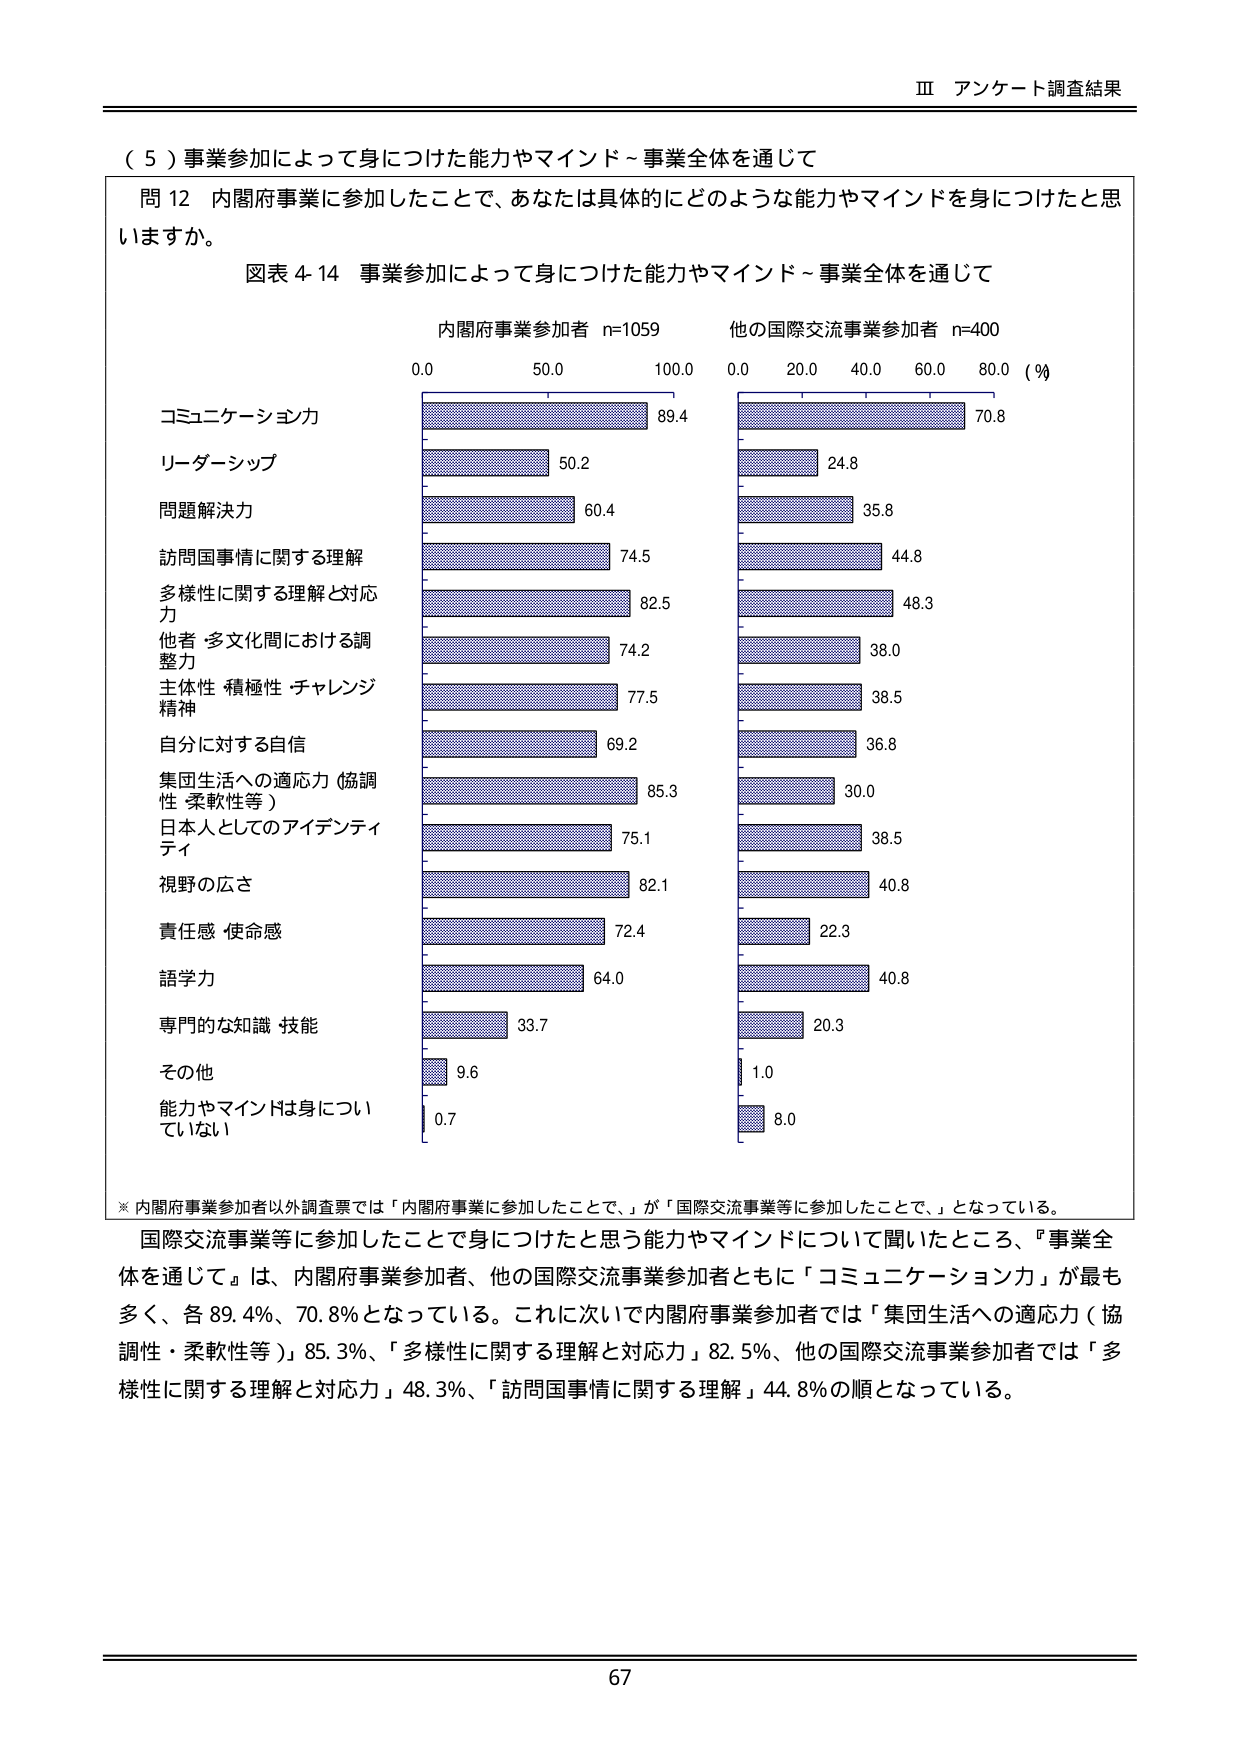
Ⅲ アンケート調査結果

（５）事業参加によって身につけた能力やマインド～事業全体を通じて

問12 内閣府事業に参加したことで、あなたは具体的にどのような能力やマインドを身につけたと思いますか。

図表4-14 事業参加によって身につけた能力やマインド～事業全体を通じて

内閣府事業参加者 n=1059
他の国際交流事業参加者 n=400
（％）

コミュニケーション力
89.4
70.8

リーダーシップ
50.2
24.8

問題解決力
60.4
35.8

訪問国事情に関する理解
74.5
44.8

多様性に関する理解と対応力
82.5
48.3

他者・多文化間における調整力
74.2
38.0

主体性・積極性・チャレンジ精神
77.5
38.5

自分に対する自信
69.2
36.8

集団生活への適応力（協調性・柔軟性等）
85.3
30.0

日本人としてのアイデンティティ
75.1
38.5

視野の広さ
82.1
40.8

責任感・使命感
72.4
22.3

語学力
64.0
40.8

専門的な知識・技能
33.7
20.3

その他
9.6
1.0

能力やマインドは身についていない
0.7
8.0

※内閣府事業参加者以外調査票では「内閣府事業に参加したことで、」が「国際交流事業等に参加したことで、」となっている。

国際交流事業等に参加したことで身につけたと思う能力やマインドについて聞いたところ、「事業全体を通じて」は、内閣府事業参加者、他の国際交流事業参加者ともに「コミュニケーション力」が最も多く、各89.4％、70.8％となっている。これに次いで内閣府事業参加者では「集団生活への適応力（協調性・柔軟性等）」85.3％、「多様性に関する理解と対応力」82.5％、他の国際交流事業参加者では「多様性に関する理解と対応力」48.3％、「訪問国事情に関する理解」44.8％の順となっている。

67